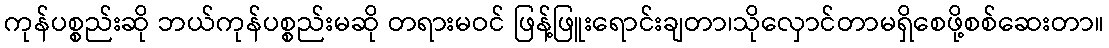
ကုန်ပစ္စည်းဆို ဘယ်ကုန်ပစ္စည်းမဆို တရားမဝင် ဖြန့်ဖြူးရောင်းချတာ၊သိုလှောင်တာမရှိစေဖို့စစ်ဆေးတာ။